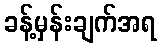
ခန့်မှန်းချက်အရ